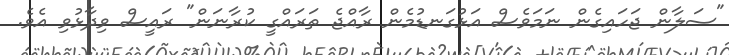
"ސަލާން ޖަހައިގެން ނަމަވެސް އަޅުގަނޑުމެން ރާއްޖެ ތަރައްގީ ކުރާނަން" ރައީސް ވިދާޅުވި އެވެ.